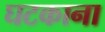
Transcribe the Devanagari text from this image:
घटकाना